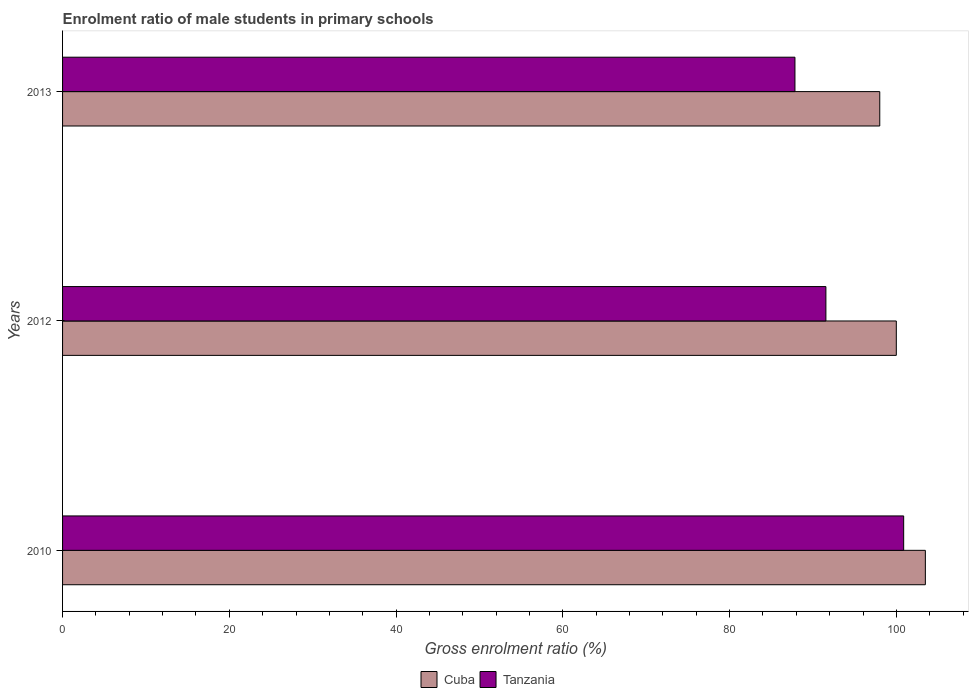
| Years | Cuba | Tanzania |
 | --- | --- | --- |
 | 2010 | 103 | 101 |
 | 2012 | 100 | 91.5 |
 | 2013 | 98 | 87.8 |